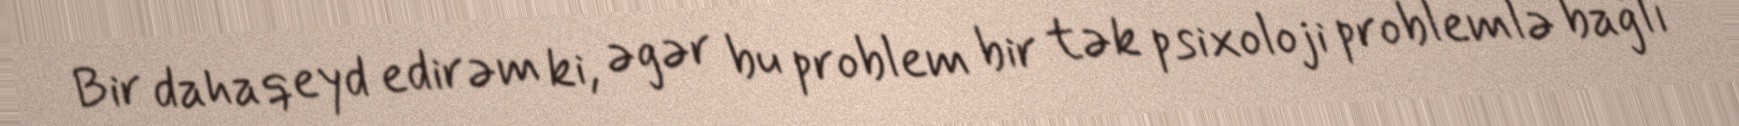
Bir daha qeyd edirəm ki, əgər bu problem bir tək psixoloji problemlə bağlı